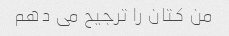
من کتان را ترجیح می دهم